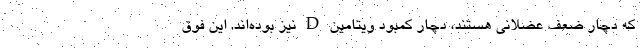
که دچار ضعف عضلانی هستند، دچار کمبود ویتامین D نیز بوده‌اند. این فوق